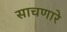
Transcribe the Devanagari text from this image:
साचणारे